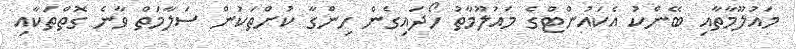
މައުލޫމާތާއި ބޭންކު އެކައުންޓްގެ މައުލޫމާތު ހޯދައިގެން ހިންގާ ކުށްތަކުން ސަލާމަތް ވާނެ ގޮތްތަކާއި